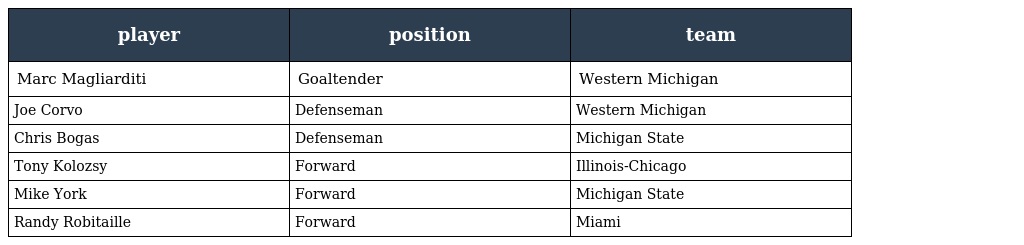
| player | position | team |
 | --- | --- | --- |
 | Marc Magliarditi | Goaltender | Western Michigan |
 | Joe Corvo | Defenseman | Western Michigan |
 | Chris Bogas | Defenseman | Michigan State |
 | Tony Kolozsy | Forward | Illinois-Chicago |
 | Mike York | Forward | Michigan State |
 | Randy Robitaille | Forward | Miami |